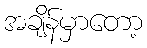
အချိန်မှာတော့